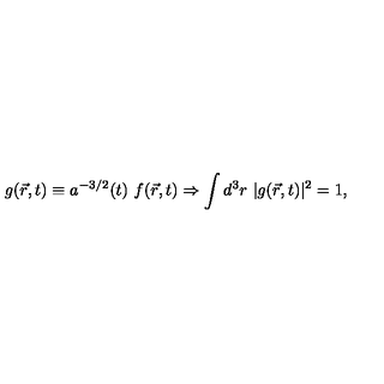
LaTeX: g ( \vec { r } , t ) \equiv a ^ { - 3 / 2 } ( t ) \ f ( \vec { r } , t ) \Rightarrow \int d ^ { 3 } r \ | g ( \vec { r } , t ) | ^ { 2 } = 1 ,